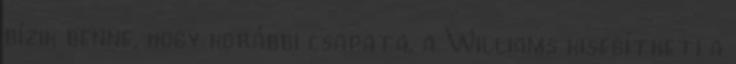
bízik benne, hogy korábbi csapata, a Williams kisegítheti a